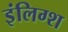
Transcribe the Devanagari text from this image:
इंलिग्श